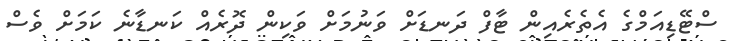
ސްޓޭޑިއަމްގެ އެތެރެއިން ޓާފް ދަނޑަށް ވަނުމަށް ވަކިން ދޮރެއް ކަނޑާނެ ކަމަށް ވެސް